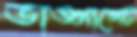
ভাঙ্গাগেট